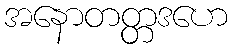
အနောတတ္တဒဟေ